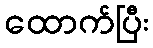
ထောက်ပြီး